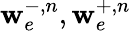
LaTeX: \mathbf{w}_{e}^{-,n},\mathbf{w}_{e}^{+,n}